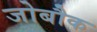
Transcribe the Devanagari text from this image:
जोबौक